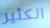
الكثير